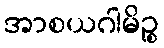
အာစယဂါမိဉ္စ